Lock hospitals Punjab
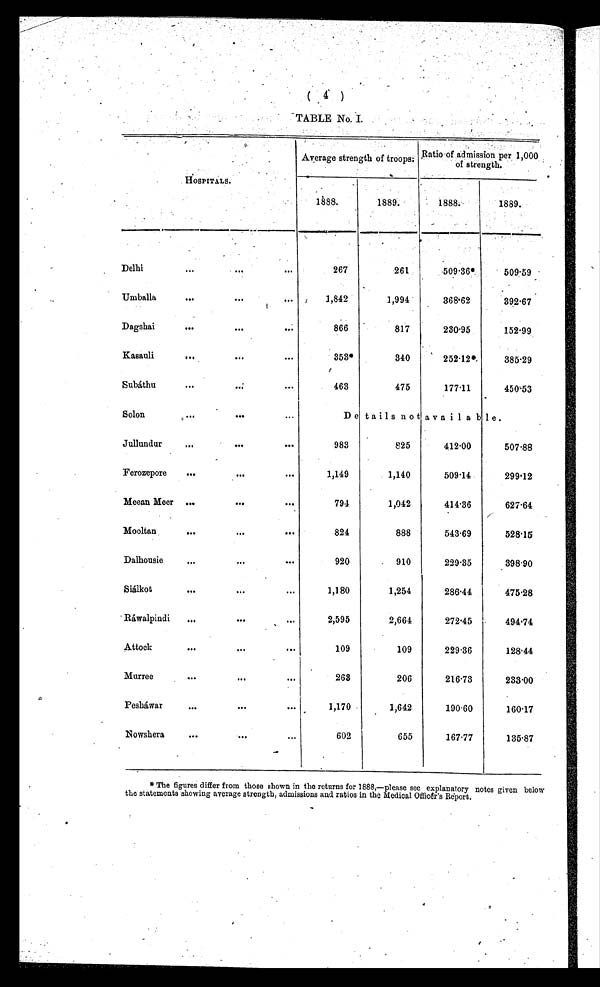
( 4 )
TABLE No. I.
HOSPITALS.
Average strength of troops: Ratio of admission per 1,000
of strength.
1888.
1889.
1888.
1889.
Delhi
...
. . .
. . .
2 6 7
261.
509.36*
509.59
Umballa
. . .
. . .
...
1,842
1,994
368.62
392.67
Dagshai
. . .
. . .
. . .
866
817
230.95
152.99
Kasauli
. . .
. . .
. . .
353*
340
252.12*
385.29
Subáthu
. . .
. . .
. . .
463
475
177.11
450.53
Solon
...
. . .
...
Details not avsailabe.
Jullundur
..
. . .
. . . 983
825
412.00
507.88
Ferozepore
...
. . .
. . . 1,149
1,140
509.14
299.12
Meean Meer ...
. . .
. . . 794
1,042
414.36
627.64
Mooltan
...
. . .
. . . 824
888
543.69
528.15
Dalhousie
...
...
. . . 920
910
229.35
398.90
Siálkot
. . .
. . .
. . . 1,180
1,254
286.44
475.28
Ráwalpindi
...
. . .
. . .
2,595
2,664
272.45
494.74
Attock
. . .
. . .
. . . 109
109
229.36
128.44
Murree
. . .
. . .
. . .
263
206
216.73
233.00
Pesháwar
...
. . .
. . .
1,170
1,642
190.60
160.17
Nowshera
...
. . .
. . .
602
655
167.77
135.87
* The figures differ from those shown in the returns for 1888,—please see explanatory notes given below
the statements showing average strength, admissions and ratios in the Medical Officer’s Report.